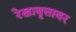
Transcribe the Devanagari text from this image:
रेखावृत्तावर